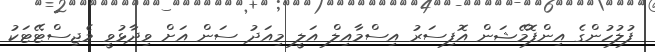
ފުލުހުންގެ އިންފޮމޭޝަން އޮފިސަރު އިސްމާއިލް އަލީ މިއަދު ސަން އަށް ވިދާޅުވީ މެޖިސްޓޭޓަކު